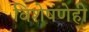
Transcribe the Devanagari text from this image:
विशेषणेही